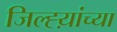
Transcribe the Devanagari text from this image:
जिल्ह्य़ांच्या